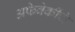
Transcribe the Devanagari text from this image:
अफेवेर्कीचे